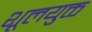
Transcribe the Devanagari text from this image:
शूलयुक्त